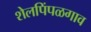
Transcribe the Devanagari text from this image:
शेलपिंपळगाव